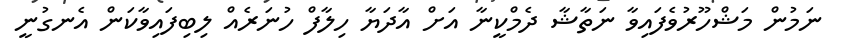
ނަމުން މަޝްހޫރުވެފައިވާ ނަތާޝާ ދެމްކީނާ އަށް އާދަޔާ ހިލާފް ހުނަރެއް ލިބިފައިވާކަން އެނގުނީ